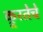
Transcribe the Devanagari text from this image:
क्रूरतेचे